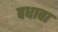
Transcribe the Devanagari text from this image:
बधाबा